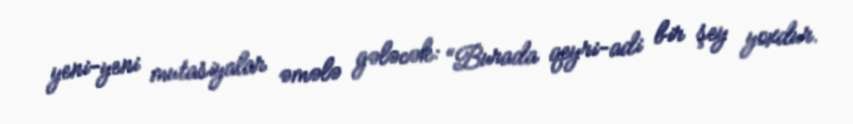
yeni-yeni mutasiyalar əmələ gələcək: “Burada qeyri-adi bir şey yoxdur.